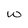
Character: w